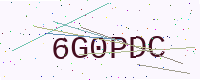
Text: 6G0PDC